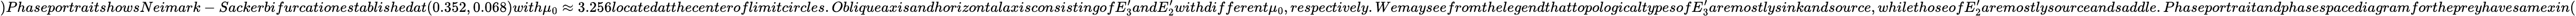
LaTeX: )PhaseportraitshowsNeimark-Sackerbifurcationestablishedat(0.352,0.068)with\mu_{0}\approx 3.256locatedatthecenteroflimitcircles.ObliqueaxisandhorizontalaxisconsistingofE_{3}^{\prime}andE_{2}^{\prime}withdifferent\mu_{0},respectively.WemayseefromthelegendthattopologicaltypesofE_{3}^{\prime}aremostlysinkandsource,whilethoseofE_{2}^{\prime}aremostlysourceandsaddle.Phaseportraitandphasespacediagramforthepreyhavesamexin(